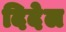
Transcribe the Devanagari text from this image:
दिदेल